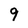
Character: 9